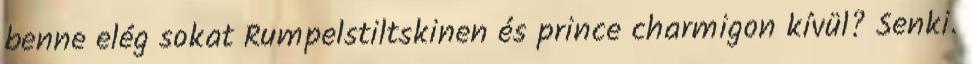
benne elég sokat Rumpelstiltskinen és prince charmigon kívül? Senki.